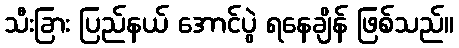
သီးခြား ပြည်နယ် အောင်ပွဲ ရနေချိန် ဖြစ်သည်။